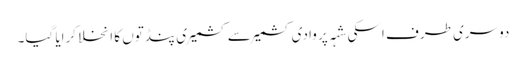
دوسری طرف اسکی شہہ پر وادی کشمیر سے کشمیری پنڈتوں کا انخلا کرایا گیا۔